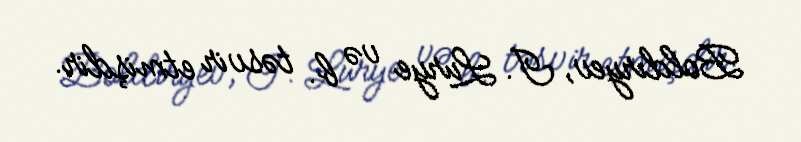
Boldıryev, I. Lurye və b. təsvir etmişdir.